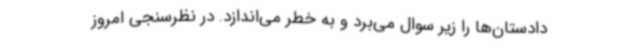
دادستان‌ها را زیر سوال می‌برد و به خطر می‌اندازد. در نظرسنجی امروز